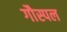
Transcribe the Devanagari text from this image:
गौस्पल